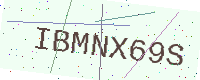
Text: IBMNX69S